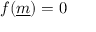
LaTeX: f ( { \underline { { m } } } ) = 0